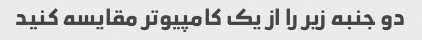
دو جنبه زیر را از یک کامپیوتر مقایسه کنید